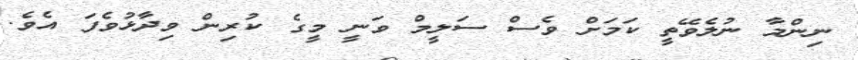
ނިންމާ ނުލެވޭތީ ކަމަށް ވެސް ސަލީމް ވަނީ މީގެ ކުރިން ވިދާޅުވެފަ އެވެ.